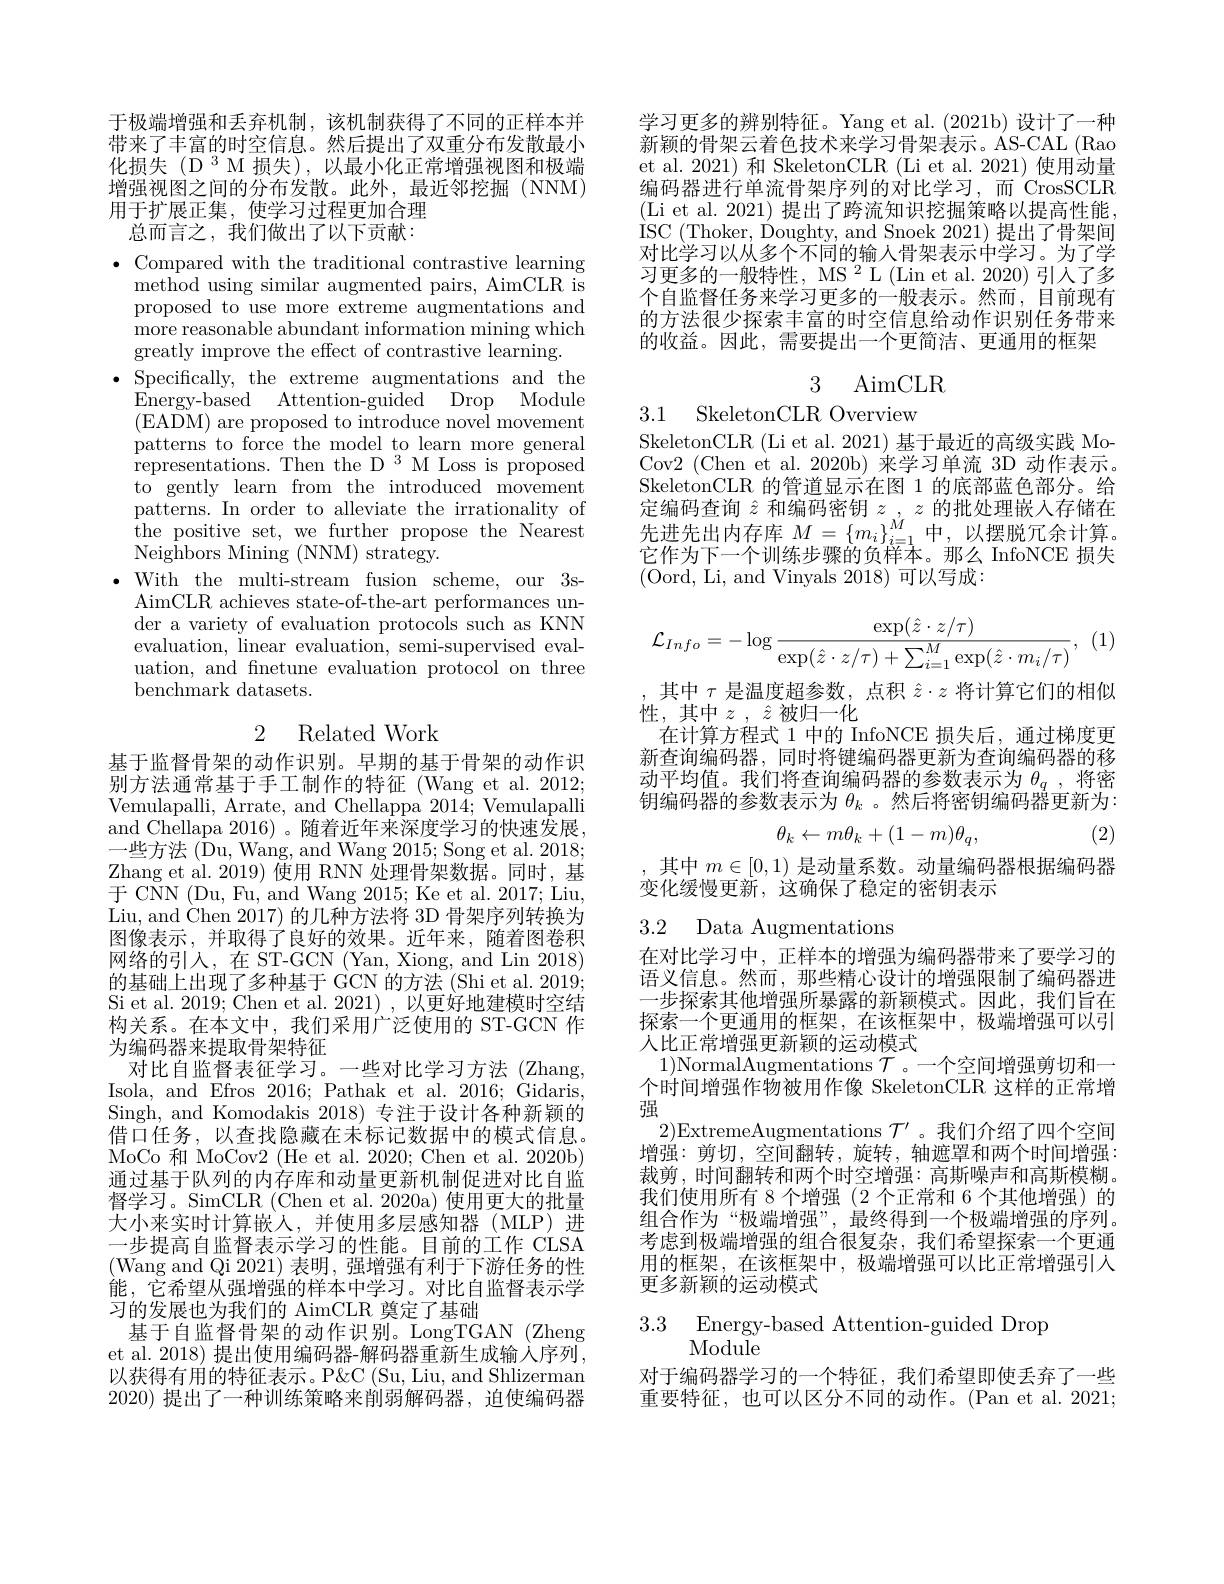
于极端增强和丢弃机制，该机制获得了不同的正样本并带来了丰富的时空信息。然后提出了双重分布发散最小化损失(D 3 M 损失),以最小化正常增强视图和极端增强视图之间的分布发散。此外，最近邻挖掘(NNM) 用于扩展正集，使学习过程更加合理
总而言之，我们做出了以下贡献：

$\bullet$ Compared with the traditional contrastive learning
method using similar augmented pairs, AimCLR is proposed to use more extreme augmentations and ${\mathrm{more~reasonable~abundant~information~mining~which}}$ greatly improve the effect of contrastive learning.
$\bullet$ Specifically, the extreme augmentations and the
Energy-based Attention-guided Drop Module (EADM) are proposed to introduce novel movement patterns to force the model to learn more general representations. Then the D 3 M Loss is proposed to gently\_learn from the introduced movement patterns. In order to alleviate the irrationality of the positive set, we further propose the Nearest Neighbors Mining (NNM) strategy.
$\bullet$With the multi-stream fusion scheme, our 3s-
AimCLR achieves state-of-the-art performances under a variety of evaluation protocols such as KNN evaluation, linear evaluation, semi-supervised evaluation, and fnetune evaluation protocol on three benchmark datasets.

## 2 Related Work

基于监督骨架的动作识别。早期的基于骨架的动作识别方法通常基于手工制作的特征 (Wang et al. 2012; Vemulapalli, Arrate, and Chellappa 2014; Vemulapalli and Chellapa 2016)。随着近年来深度学习的快速发展， 一些方法 ($\bar{\text{Du, Wang, and Wang 2015; Song et al. 2018;}}$ Zhang et al. 2019) 使用 RNN 处理骨架数据。同时，基$\bar{\text{于 CNN (Du, Fu, and Wang 2015; Ke et al. 2017; Liu,}}$ Liu, and Chen 2017) 的几种方法将 3D 骨架序列转换为图像表示，并取得了良好的效果。近年来，随着图卷积网络的引入，在 ST-GCN (Yan, Xiong, and Lin 2018) 的基础上出现了多种基于 GCN 的方法 (Shi et al. 2019; Si et al. 2019; Chen et al. 2021),以更好地建模时空结构关系。在本文中，我们采用广泛使用的 ST-GCN 作为编码器来提取骨架特征
对比自监督表征学习。一些对比学习方法(Zhang, Isola, and Efros 2016; Pathak et al. 2016; Gidaris, Singh, and Komodakis 2018)专注于设计各种新颖的借口任务，以查找隐藏在未标记数据中的模式信息。MoCo 和 MoCov2 (He et al. 2020; Chen et al. 2020b) 通过基于队列的内存库和动量更新机制促进对比自监督学习。SimCLR (Chen et al. 2020a) 使用更大的批量大小来实时计算嵌人，并使用多层感知器(MLP)进一步提高自监督表示学习的性能。目前的工作 CLSA (Wang and Qi 2021) 表明，强增强有利于下游任务的性能，它希望从强增强的样本中学习。对比自监督表示学习的发展也为我们的 AimCLR 奠定了基础
基于自监督骨架的动作识别。LongTGAN(Zheng et al. 2018) 提出使用编码器-解码器重新生成输人序列， 以获得有用的特征表示。P&CC (Su, Liu, and Shlizerman 2020)提出了一种训练策略来削弱解码器，迫使编码器

学习更多的辨别特征。Yang et al.(2021b) 设计了一种新颖的骨架云着色技术来学习骨架表示。AS-CAL (Rao et al. 2021) 和 SkeletonCLR (Li et al. 2021) 使用动量编码器进行单流骨架序列的对比学习，而 CrosSCLR (Li et al. 2021) 提出了跨流知识挖掘策略以提高性能， ISC (Thoker, Doughty, and Snoek 2021) 提出了骨架间对比学习以从多个不同的输入骨架表示中学习。为了学习更多的一般特性，MS $^2$L(Lin et al. 2020) 引人了多个自监督任务来学习更多的一般表示。然而，目前现有的方法很少探索丰富的时空信息给动作识别任务带来的收益。因此，需要提出一个更简洁、更通用的框架

3 AimCLR

3.1 SkeletonCLR Overview

SkeletonCLR (Li et al. 2021) 基于最近的高级实践 MoCov2 (Chen et al. 2020b) 来学习单流 3D 动作表示。SkeletonCLR 的管道显示在图 1 的底部蓝色部分。给定编码查询$\hat{z}$和编码密钥$z_\mathrm{~,~}z$的批处理嵌入存储在先进先出内存库$M=\{m_i\}_{i=1}^M$中，以摆脱冗余计算它作为下一个训练步骤的负样本。那么 InfoNCE 损失(Oord, Li, and Vinyals 2018) 可以写成：

(1)
$$\mathcal{L}_{Info}=-\log\frac{\exp(\hat{z}\cdot z/\tau)}{\exp(\hat{z}\cdot z/\tau)+\sum_{i=1}^{M}\exp(\hat{z}\cdot m_{i}/\tau)},$$
其中$\tau$是温度超参数，点积$\hat{z}\cdot z$将计算它们的相似
性，其中$z,\hat{z}$被归一化
在计算方程式 1 中的 InfoNCE 损失后，通过梯度更新查询编码器，同时将键编码器更新为查询编码器的移动平均值。我们将查询编码器的参数表示为$\theta_q$,将密钥编码器的参数表示为$\theta_k$ 。然后将密钥编码器更新为：
$$\theta_k\leftarrow m\theta_k+(1-m)\theta_q,$$
(2)

其中$m\in[0,1)$是动量系数。动量编码器根据编码器
变化缓慢更新，这确保了稳定的密钥表示

3.2 Data Augmentations

在对比学习中，正样本的增强为编码器带来了要学习的语义信息。然而，那些精心设计的增强限制了编码器进一步探索其他增强所暴露的新颖模式。因此，我们旨在探索一个更通用的框架，在该框架中，极端增强可以引人比正常增强更新颖的运动模式
1)NormalAugmentations $\mathcal{T}$ 。一个空间增强剪切和一个时间增强作物被用作像 SkeletonCLR 这样的正常增强
2)ExtremeAugmentations $\mathcal{T}^\prime$ 。我们介绍了四个空间增强：剪切，空间翻转，旋转，轴遮罩和两个时间增强： 裁剪，时间翻转和两个时空增强：高斯噪声和高斯模糊。我们使用所有 8 个增强 (2 个正常和 6 个其他增强) 的组合作为“极端增强”,最终得到一个极端增强的序列。考虑到极端增强的组合很复杂，我们希望探索一个更通用的框架，在该框架中，极端增强可以比正常增强引入更多新颖的运动模式

3.3 Energy-based Attention-guided Drop
Module

对于编码器学习的一个特征，我们希望即使丢弃了一些重要特征，也可以区分不同的动作。(Pan et al. 2021;